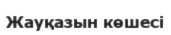
Жауқазын көшесі